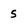
Character: 5